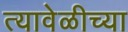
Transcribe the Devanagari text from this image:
त्यावेळीच्या